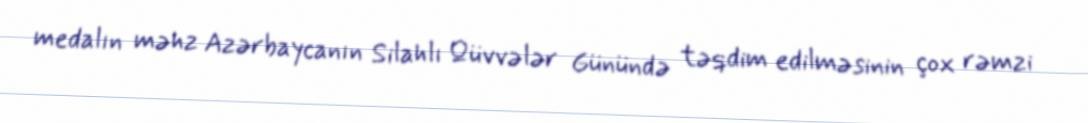
medalın məhz Azərbaycanın Silahlı Qüvvələr Günündə təqdim edilməsinin çox rəmzi